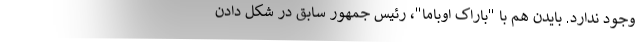
وجود ندارد. بایدن هم با "باراک اوباما"، رئیس جمهور سابق در شکل دادن